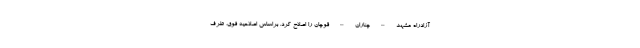
آزادراه مشهد – چناران – قوچان را اصلاح کرد. براساس اصلاحیه فوق، طرف